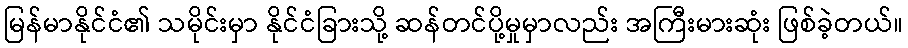
မြန်မာနိုင်ငံ၏ သမိုင်းမှာ နိုင်ငံခြားသို့ ဆန်တင်ပို့မှုမှာလည်း အကြီးမားဆုံး ဖြစ်ခဲ့တယ်။